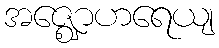
အဇ္ဈောဟရေယျ